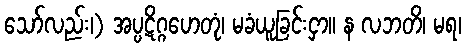
သော်လည်း၊) အပ္ပဋိဂ္ဂဟေတုံ၊ မခံယူခြင်းငှာ။ န လဘတိ၊ မရ၊